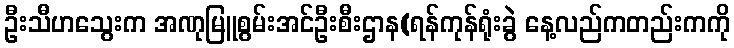
ဦးသီဟသွေးက အဏုမြူစွမ်းအင်ဦးစီးဌာန(ရန်ကုန်ရုံးခွဲ နေ့လည်ကတည်းကကို